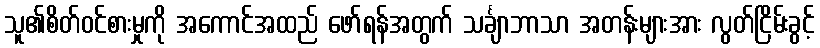
သူ၏စိတ်ဝင်စားမှုကို အကောင်အထည် ဖော်ရန်အတွက် သင်္ချာဘာသာ အတန်းများအား လွတ်ငြိမ်းခွင့်